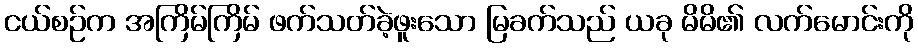
ငယ်စဉ်က အကြိမ်ကြိမ် ဖက်သတ်ခဲ့ဖူးသော မြခက်သည် ယခု မိမိ၏ လက်မောင်းကို